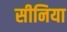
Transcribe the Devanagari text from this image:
सीनिया